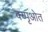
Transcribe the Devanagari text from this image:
क्य्पृओत